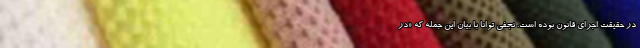
در حقیقت اجرای قانون بوده است. نجفی توانا با بیان این جمله که «در